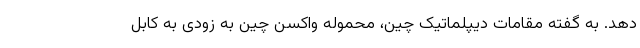
دهد. به گفته مقامات دیپلماتیک چین، محموله واکسن چین به زودی به کابل